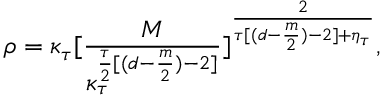
\rho = \kappa _ { \tau } [ \frac { M } { \kappa _ { \tau } ^ { \frac { \tau } { 2 } [ ( d - \frac { m } { 2 } ) - 2 ] } } ] ^ { \frac { 2 } { \tau [ ( d - \frac { m } { 2 } ) - 2 ] + \eta _ { \tau } } } ,